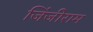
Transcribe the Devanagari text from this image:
जिंजीराम